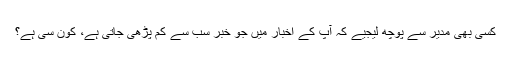
کسی بھی مدیر سے پوچھ لیجیے کہ آپ کے اخبار میں جو خبر سب سے کم پڑھی جاتی ہے، کون سی ہے؟